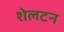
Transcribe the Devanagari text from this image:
शेलटन